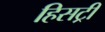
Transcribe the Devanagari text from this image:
हिसट्री